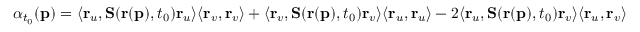
\alpha _ { t _ { 0 } } ( \mathbf { p } ) = \langle \mathbf { r } _ { u } , \mathbf { S } ( \mathbf { r } ( \mathbf { p } ) , t _ { 0 } ) \mathbf { r } _ { u } \rangle \langle \mathbf { r } _ { v } , \mathbf { r } _ { v } \rangle + \langle \mathbf { r } _ { v } , \mathbf { S } ( \mathbf { r } ( \mathbf { p } ) , t _ { 0 } ) \mathbf { r } _ { v } \rangle \langle \mathbf { r } _ { u } , \mathbf { r } _ { u } \rangle - 2 \langle \mathbf { r } _ { u } , \mathbf { S } ( \mathbf { r } ( \mathbf { p } ) , t _ { 0 } ) \mathbf { r } _ { v } \rangle \langle \mathbf { r } _ { u } , \mathbf { r } _ { v } \rangle